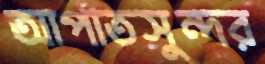
আপাতসুন্দর